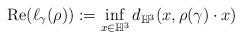
LaTeX: \begin{align*}\mathrm{Re}(\ell_{\gamma}(\rho)):=\inf_{x\in\mathbb{H}^3} d_{\mathbb{H}^3}(x,\rho(\gamma)\cdot x)\end{align*}